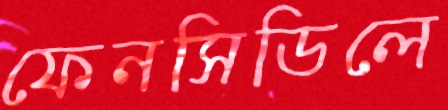
ফেনসিডিলে